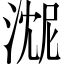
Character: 𬈓